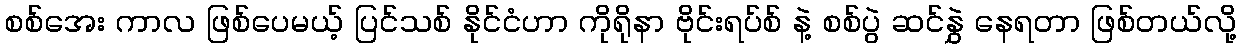
စစ်အေး ကာလ ဖြစ်ပေမယ့် ပြင်သစ် နိုင်ငံဟာ ကိုရိုနာ ဗိုင်းရပ်စ် နဲ့ စစ်ပွဲ ဆင်နွှဲ နေရတာ ဖြစ်တယ်လို့